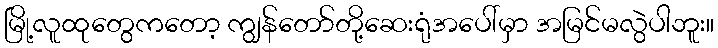
မြို့လူထုတွေကတော့ ကျွန်တော်တို့ဆေးရုံအပေါ်မှာ အမြင်မလွဲပါဘူး။